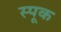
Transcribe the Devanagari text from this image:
स्पूक